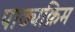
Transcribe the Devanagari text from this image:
पाठ्यक्रिम